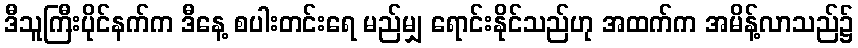
ဒီသူကြီးပိုင်နက်က ဒီနေ့ စပါးတင်းရေ မည်မျှ ရောင်းနိုင်သည်ဟု အထက်က အမိန့်လာသည်၌